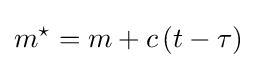
m^{\star }=m+c\left(t-\tau \right)